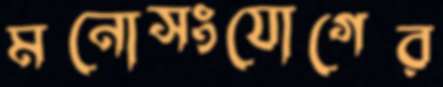
মনোসংযোগের